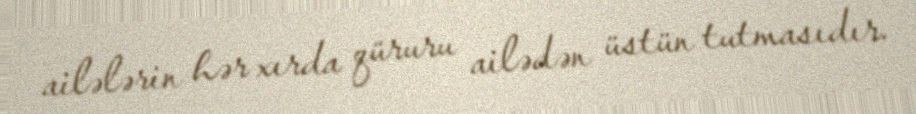
ailələrin hər xırda qüruru ailədən üstün tutmasıdır.